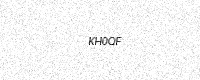
Text: KH0QF